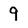
Character: 9